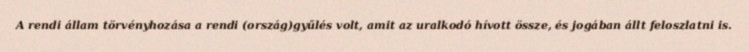
A rendi állam törvényhozása a rendi (ország)gyűlés volt, amit az uralkodó hívott össze, és jogában állt feloszlatni is.